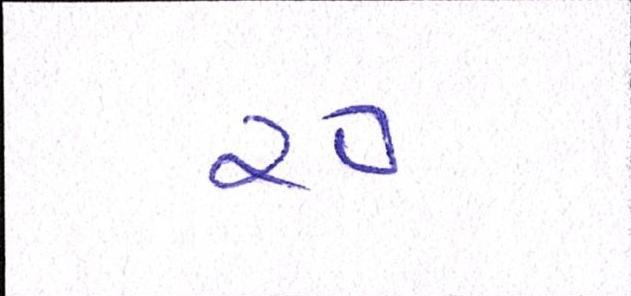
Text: ર૦